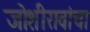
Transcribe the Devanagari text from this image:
जोशीरावांचा